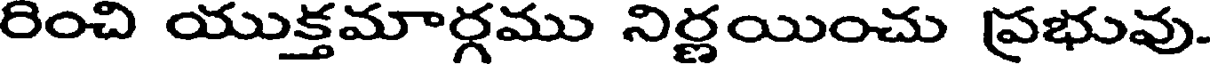
రించి యుక్తమార్గము నిర్ణయించు ప్రభువు.